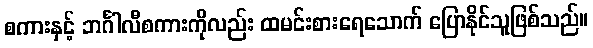
စကားနှင့် ဘင်္ဂါလီစကားကိုလည်း ထမင်းစားရေသောက် ပြောနိုင်သူဖြစ်သည်။